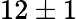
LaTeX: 12\pm 1